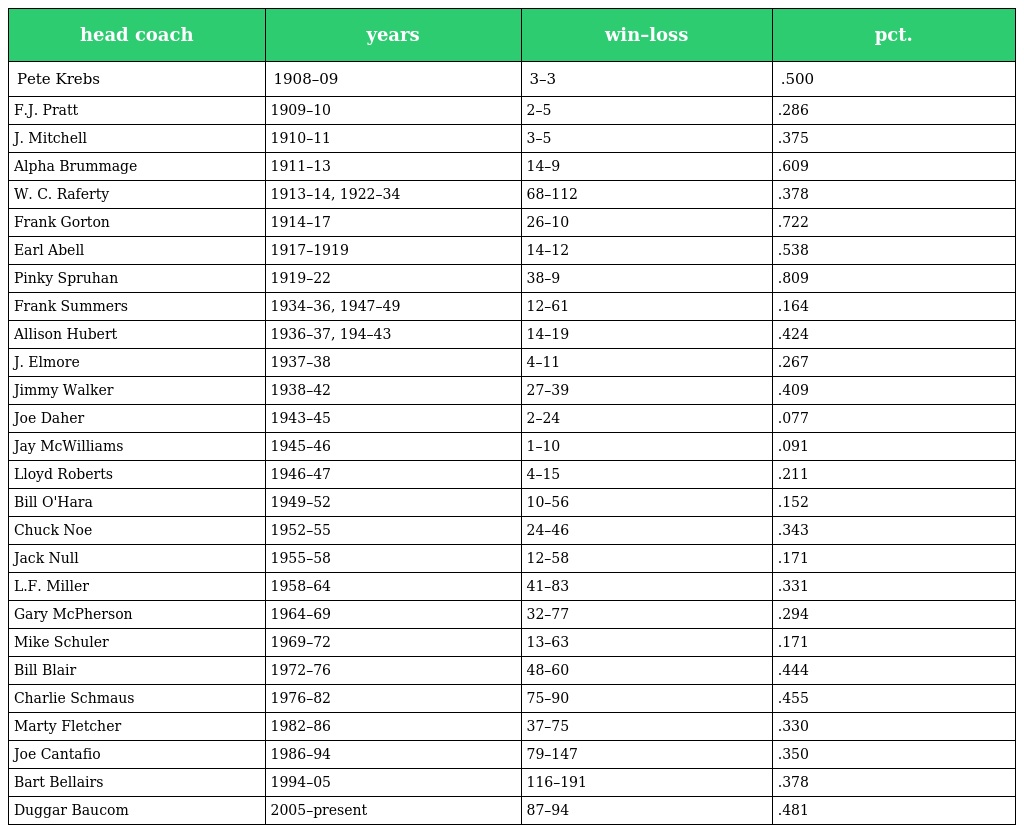
| head coach | years | win–loss | pct. |
 | --- | --- | --- | --- |
 | Pete Krebs | 1908–09 | 3–3 | .500 |
 | F.J. Pratt | 1909–10 | 2–5 | .286 |
 | J. Mitchell | 1910–11 | 3–5 | .375 |
 | Alpha Brummage | 1911–13 | 14–9 | .609 |
 | W. C. Raferty | 1913–14, 1922–34 | 68–112 | .378 |
 | Frank Gorton | 1914–17 | 26–10 | .722 |
 | Earl Abell | 1917–1919 | 14–12 | .538 |
 | Pinky Spruhan | 1919–22 | 38–9 | .809 |
 | Frank Summers | 1934–36, 1947–49 | 12–61 | .164 |
 | Allison Hubert | 1936–37, 194–43 | 14–19 | .424 |
 | J. Elmore | 1937–38 | 4–11 | .267 |
 | Jimmy Walker | 1938–42 | 27–39 | .409 |
 | Joe Daher | 1943–45 | 2–24 | .077 |
 | Jay McWilliams | 1945–46 | 1–10 | .091 |
 | Lloyd Roberts | 1946–47 | 4–15 | .211 |
 | Bill O'Hara | 1949–52 | 10–56 | .152 |
 | Chuck Noe | 1952–55 | 24–46 | .343 |
 | Jack Null | 1955–58 | 12–58 | .171 |
 | L.F. Miller | 1958–64 | 41–83 | .331 |
 | Gary McPherson | 1964–69 | 32–77 | .294 |
 | Mike Schuler | 1969–72 | 13–63 | .171 |
 | Bill Blair | 1972–76 | 48–60 | .444 |
 | Charlie Schmaus | 1976–82 | 75–90 | .455 |
 | Marty Fletcher | 1982–86 | 37–75 | .330 |
 | Joe Cantafio | 1986–94 | 79–147 | .350 |
 | Bart Bellairs | 1994–05 | 116–191 | .378 |
 | Duggar Baucom | 2005–present | 87–94 | .481 |